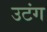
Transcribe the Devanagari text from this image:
उटंग